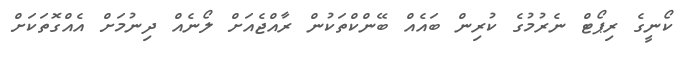
ކޯނީގެ ރިޕޯޓް ނެރުމުގެ ކުރިން ބައެއް ބޭންކްތަކުން ރާއްޖެއަށް ލޯނެއް ދިނުމަށް އެއްގޮތަކަށް